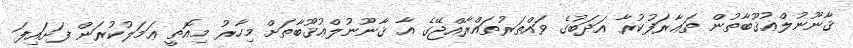
ޤާނޫނުލްޢުޤޫބާތުން ތަޢާރަފުކުރާ އަދަބުގެ ވައްތަރުތައްރާއްޖޭގެ އާ ޤާނޫނުލްޢުޤޫބާތަށް މިހާރު މިއޮތީ ޢަމަލުކުރަން ފަށައިފަ